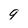
Character: q